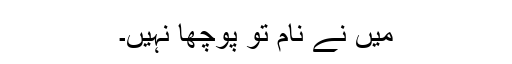
میں نے نام تو پوچھا نہیں۔